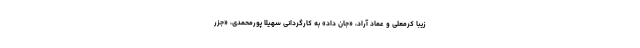
زیبا کرمعلی و عماد آراد، «جان‌ داد» به کارگردانی سهیلا پورمحمدی، «جزر